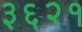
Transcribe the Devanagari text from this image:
३६२१